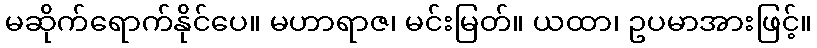
မဆိုက်ရောက်နိုင်ပေ။ မဟာရာဇ၊ မင်းမြတ်။ ယထာ၊ ဥပမာအားဖြင့်။